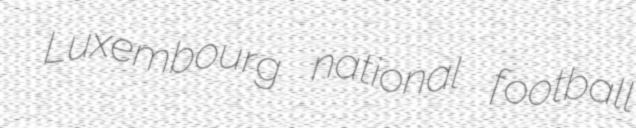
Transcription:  Luxembourg national football